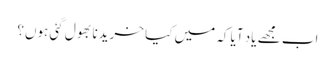
اب مجھے یاد آیا کہ میں کیا خریدنا بھول گئی ہوں؟